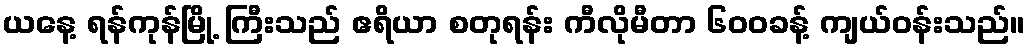
ယနေ့ ရန်ကုန်မြို့ ကြီးသည် ဧရိယာ စတုရန်း ကီလိုမီတာ ၆၀၀ခန့် ကျယ်ဝန်းသည်။